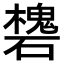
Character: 𥖸